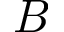
B